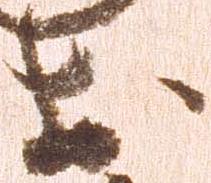
於